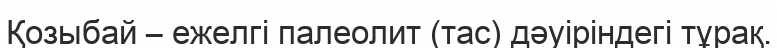
Қозыбай – ежелгі палеолит (тас) дәуіріндегі тұрақ.